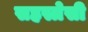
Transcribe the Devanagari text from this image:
सहस्त्रेसी